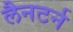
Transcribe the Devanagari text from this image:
लैनटर्न